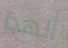
ألهذا